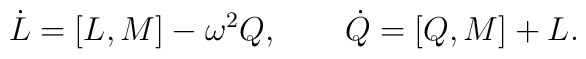
\dot{L}=[L,M]-\omega^2Q, \qquad  \dot{Q}=[Q,M]+L.